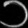
Digit: ၁